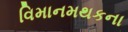
વિમાનમથકના